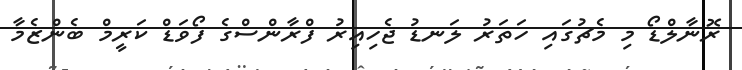
ރޮނާލްޑޯ މި މެޗުގައި ހަތަރު ލަނޑު ޖެހިއިރު ފްރާންސްގެ ފޯވަޑް ކަރީމް ބެންޒެމާ